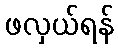
ဖလှယ်ရန်